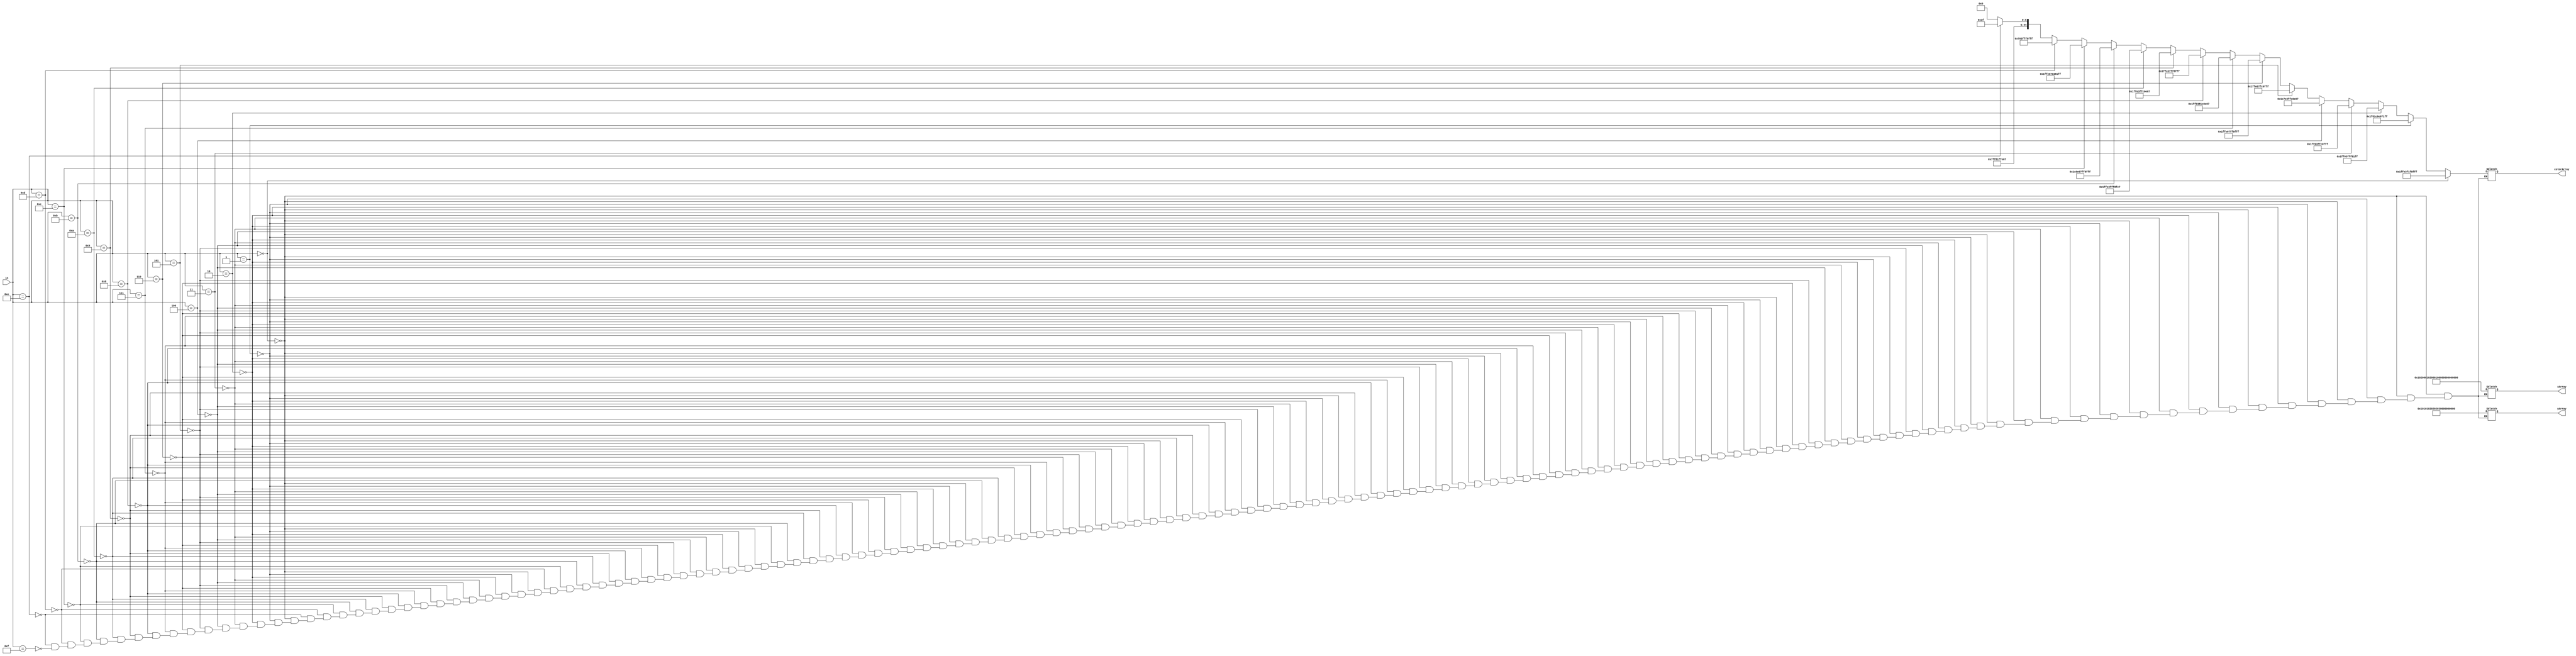
/**
 * @param xArray is a 120 bit output that represents the x coordinates of a 3x5
 *        matrix of pixels, in row by row order, each coordinate is 8 bits
 * @param yArray is a 120 bit output that represents the y coordinates of a 3x5
 *        matrix of pixels, in row by row order, each coordinate is 8 bits
 * @param colorArray is a 45 bit output that represents the rgb values of a 3x5
 *        matrix of pixels, in row by row order, each pixel is 3 bits
 * @param in is a 4 bit binary input that represents values 0 to F
 */
 module numbersArrayOutput(xArray, yArray, colorArray, in);
   input [3:0]in;
   output reg [119:0]xArray;
   output reg [119:0]yArray;
   output reg [44:0]colorArray;
   initial
   begin
     if(in == 4'b0000)
     begin
       xArray = 120'b000000000000000100000010000000000000000100000010000000000000000100000010000000000000000100000010000000000000000100000010;
       yArray = 120'b000000000000000000000000000000010000000100000001000000100000001000000010000000110000001100000011000001000000010000000100;
       colorArray = 45'b111111111111000111111000111111000111111111111;
     end
     else if (in == 4'b0001)
     begin
       xArray = 120'b000000000000000100000010000000000000000100000010000000000000000100000010000000000000000100000010000000000000000100000010;
       yArray = 120'b000000000000000000000000000000010000000100000001000000100000001000000010000000110000001100000011000001000000010000000100;
       colorArray = 45'b111111000000111000000111000000111000111111111;
     end
     else if (in == 4'b0010)
     begin
       xArray = 120'b000000000000000100000010000000000000000100000010000000000000000100000010000000000000000100000010000000000000000100000010;
       yArray = 120'b000000000000000000000000000000010000000100000001000000100000001000000010000000110000001100000011000001000000010000000100;
       colorArray = 45'b111111111000000111111111111111000000111111111;
     end
     else if (in == 4'b0011)
     begin
       xArray = 120'b000000000000000100000010000000000000000100000010000000000000000100000010000000000000000100000010000000000000000100000010;
       yArray = 120'b000000000000000000000000000000010000000100000001000000100000001000000010000000110000001100000011000001000000010000000100;
       colorArray = 45'b111111111000000111111111111000000111111111111;
     end
     else if (in == 4'b0100)
     begin
       xArray = 120'b000000000000000100000010000000000000000100000010000000000000000100000010000000000000000100000010000000000000000100000010;
       yArray = 120'b000000000000000000000000000000010000000100000001000000100000001000000010000000110000001100000011000001000000010000000100;
       colorArray = 45'b111000111111000111111111111000000111000000111;
     end
     else if (in == 4'b0101)
     begin
       xArray = 120'b000000000000000100000010000000000000000100000010000000000000000100000010000000000000000100000010000000000000000100000010;
       yArray = 120'b000000000000000000000000000000010000000100000001000000100000001000000010000000110000001100000011000001000000010000000100;
       colorArray = 45'b111111111111000000111111111000000111111111111;
     end
     else if (in == 4'b0110)
     begin
       xArray = 120'b000000000000000100000010000000000000000100000010000000000000000100000010000000000000000100000010000000000000000100000010;
       yArray = 120'b000000000000000000000000000000010000000100000001000000100000001000000010000000110000001100000011000001000000010000000100;
       colorArray = 45'b111111111111000000111111111111000111111111111;
     end
     else if (in == 4'b0111)
     begin
       xArray = 120'b000000000000000100000010000000000000000100000010000000000000000100000010000000000000000100000010000000000000000100000010;
       yArray = 120'b000000000000000000000000000000010000000100000001000000100000001000000010000000110000001100000011000001000000010000000100;
       colorArray = 45'b111111111000000111000000111000000111000000111;
     end
     else if (in == 4'b1000)
     begin
       xArray = 120'b000000000000000100000010000000000000000100000010000000000000000100000010000000000000000100000010000000000000000100000010;
       yArray = 120'b000000000000000000000000000000010000000100000001000000100000001000000010000000110000001100000011000001000000010000000100;
       colorArray = 45'b111111111111000111111111111111000111111111111;
     end
     else if (in == 4'b1001)
     begin
       xArray = 120'b000000000000000100000010000000000000000100000010000000000000000100000010000000000000000100000010000000000000000100000010;
       yArray = 120'b000000000000000000000000000000010000000100000001000000100000001000000010000000110000001100000011000001000000010000000100;
       colorArray = 45'b111111111111000111111111111000000111000000111;
     end
     else if (in == 4'b1010)
     begin
       xArray = 120'b000000000000000100000010000000000000000100000010000000000000000100000010000000000000000100000010000000000000000100000010;
       yArray = 120'b000000000000000000000000000000010000000100000001000000100000001000000010000000110000001100000011000001000000010000000100;
       colorArray = 45'b111111111111000111111111111111000111111000111;
     end
     else if (in == 4'b1011)
     begin
       xArray = 120'b000000000000000100000010000000000000000100000010000000000000000100000010000000000000000100000010000000000000000100000010;
       yArray = 120'b000000000000000000000000000000010000000100000001000000100000001000000010000000110000001100000011000001000000010000000100;
       colorArray = 45'b111000000111000000111111111111000111111111111;
     end
     else if (in == 4'b1100)
     begin
       xArray = 120'b000000000000000100000010000000000000000100000010000000000000000100000010000000000000000100000010000000000000000100000010;
       yArray = 120'b000000000000000000000000000000010000000100000001000000100000001000000010000000110000001100000011000001000000010000000100;
       colorArray = 45'b111111111111000000111000000111000000111111111;
     end
     else if (in == 4'b1101)
     begin
       xArray = 120'b000000000000000100000010000000000000000100000010000000000000000100000010000000000000000100000010000000000000000100000010;
       yArray = 120'b000000000000000000000000000000010000000100000001000000100000001000000010000000110000001100000011000001000000010000000100;
       colorArray = 45'b000000111000000111111111111111000111111111111;
     end
     else if (in == 4'b1110)
     begin
       xArray = 120'b000000000000000100000010000000000000000100000010000000000000000100000010000000000000000100000010000000000000000100000010;
       yArray = 120'b000000000000000000000000000000010000000100000001000000100000001000000010000000110000001100000011000001000000010000000100;
       colorArray = 45'b111111111111000000111111111111000000111111111;
     end
     else if (in == 4'b1111)
     begin
       xArray = 120'b000000000000000100000010000000000000000100000010000000000000000100000010000000000000000100000010000000000000000100000010;
       yArray = 120'b000000000000000000000000000000010000000100000001000000100000001000000010000000110000001100000011000001000000010000000100;
       colorArray = 45'b111111111111000000111111111111000000111000000;
     end
   end
 endmodule